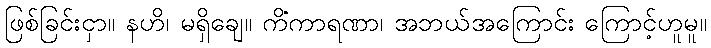
ဖြစ်ခြင်းငှာ။ နဟိ၊ မရှိချေ။ ကိံကာရဏာ၊ အဘယ်အကြောင်း ကြောင့်ဟူမူ။